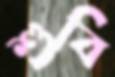
শুবি